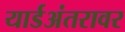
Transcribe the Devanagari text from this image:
यार्डअंतरावर